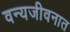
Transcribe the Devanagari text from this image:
वन्यजीवनात